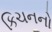
કિચનનો